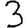
Digit: 3